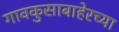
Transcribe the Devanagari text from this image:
गावकुसाबाहेरच्या